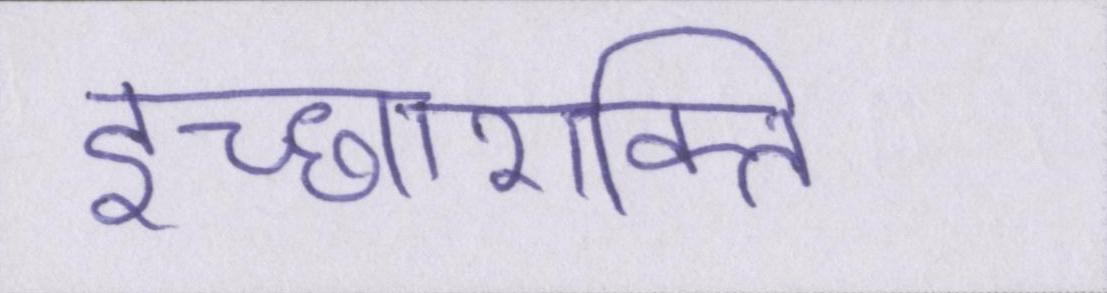
इच्छाशक्ति